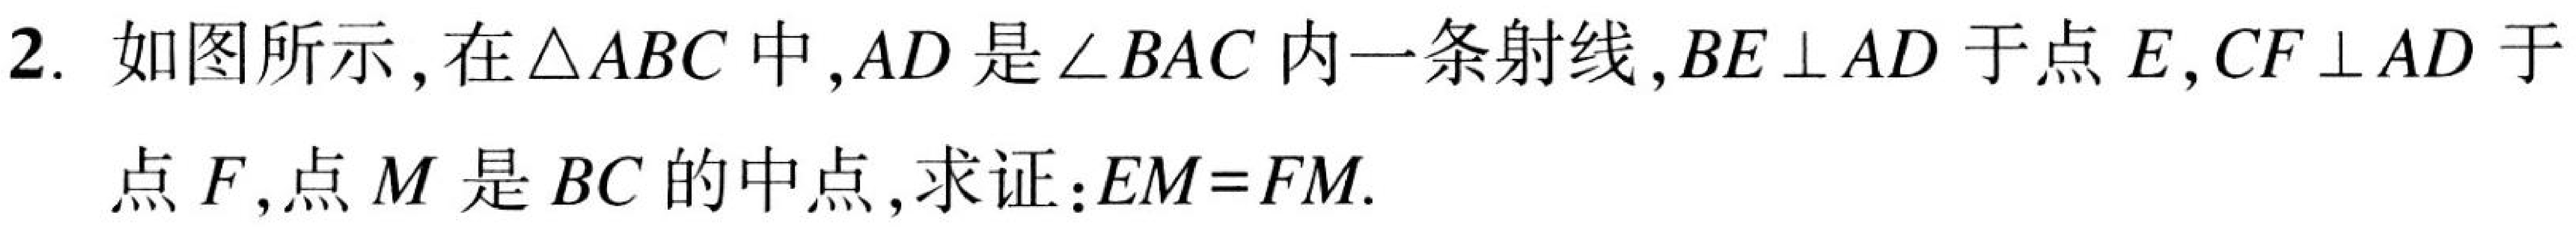
2. 如图所示，在$\triangle ABC$中，$AD$是$\angle BAC$内一条射线，$BE\perp AD$于点$E$，$CF\perp AD$于
点$F$，点$M$是$BC$的中点，求证：$EM = FM$.